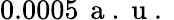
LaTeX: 0.0005\, \mathrm{~a~.~u~.~}